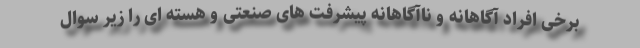
برخی افراد آگاهانه و ناآگاهانه پیشرفت های صنعتی و هسته ای را زیر سوال